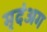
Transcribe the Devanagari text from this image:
मृदंअग